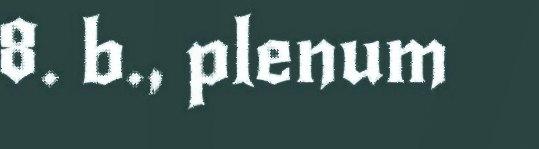
8. b., plenum